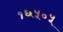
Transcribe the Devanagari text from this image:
१६५०५